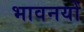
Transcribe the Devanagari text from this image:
भावनयों